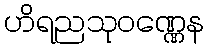
ဟိရညသုဝဏ္ဏေန